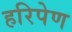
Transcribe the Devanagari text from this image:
हरिपेण